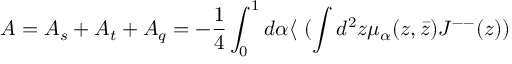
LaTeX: { \cal A } = { \cal A } _ { s } + { \cal A } _ { t } + { \cal A } _ { q } = - \frac { 1 } { 4 } \int _ { 0 } ^ { 1 } d \alpha \langle ~ ( \int d ^ { 2 } z \mu _ { \alpha } ( z , \bar { z } ) J ^ { -- } ( z ) )